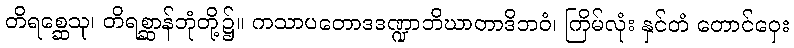
တိရစ္ဆေသု၊ တိရစ္ဆာန်ဘုံတို့၌။ ကသာပတောဒဒဏ္ဍာဘိဃာတာဒိဘဝံ၊ ကြိမ်လုံး နှင်တံ တောင်ဝှေး